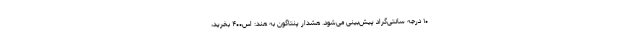
۱۰ درجه سانتی‌گراد پیش‌بینی می‌شود. هشدار پنتاگون به هند: اس۴۰۰ بخرید،